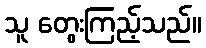
သူ တွေးကြည့်သည်။